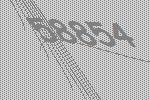
58854